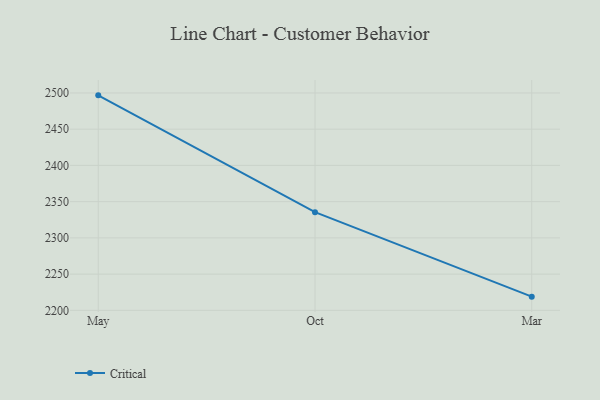
{"axis": {"x": "Month", "y": "Bounce Rate (%)"}, "legend": ["Critical"], "data": [{"x": "May", "y": 2496.7, "type": "Critical"}, {"x": "Oct", "y": 2335.5, "type": "Critical"}, {"x": "Mar", "y": 2218.9, "type": "Critical"}]}